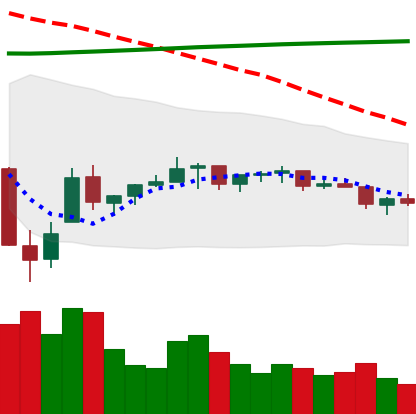
Ticker: TRX-USD
Chart end date: 2021-07-10
Forward return: -5.966%
Label: down_5_7